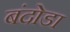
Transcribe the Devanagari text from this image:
बंदोडा